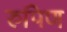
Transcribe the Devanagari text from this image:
रुपिण